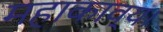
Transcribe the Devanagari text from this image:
महाकाव्य।